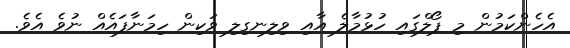
އެހެންކަމުން މި ޕޯލްގައި ހުޅުމާލެ އާއި ވިލިނގިލި ވަކިން ހިމަނާފައެއް ނުވެ އެވެ.